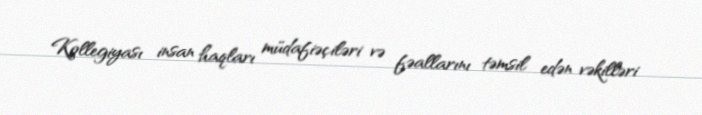
Kollegiyası insan haqları müdafiəçiləri və fəallarını təmsil edən vəkilləri